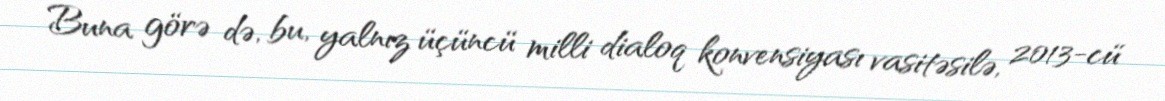
Buna görə də, bu, yalnız üçüncü milli dialoq konvensiyası vasitəsilə, 2013-cü